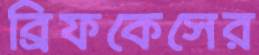
ব্রিফকেসের